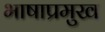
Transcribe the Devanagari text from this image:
भाषाप्रमुख